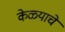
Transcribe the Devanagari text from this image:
केळ्याचे